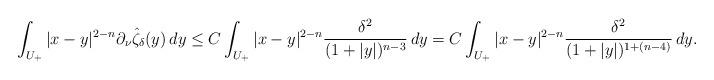
LaTeX: \begin{align*}&\int_{U_+}|x-y|^{2-n}\partial_\nu \hat\zeta_\delta(y)\, dy\leq C\int_{U_+}|x-y|^{2-n}\frac{\delta^2}{(1+|y|)^{n-3}}\, dy= C\int_{U_+}|x-y|^{2-n}\frac{\delta^2}{(1+|y|)^{1+(n-4)}}\, dy.\end{align*}